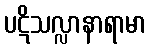
ပဋိသလ္လာနာရာမာ